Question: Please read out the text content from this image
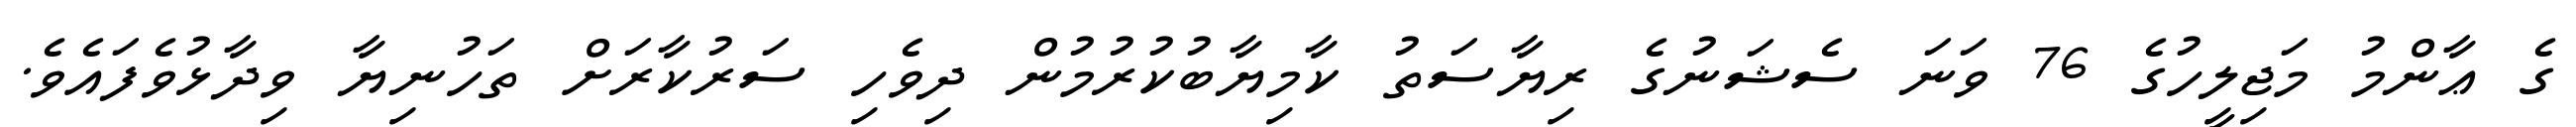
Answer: ގެ ޢާންމު މަޖިލީހުގެ 76 ވަނަ ސެޝަނުގެ ރިޔާސަތު ކާމިޔާބުކުރުމުން ދިވެހި ސަރުކާރަށް ތަހުނިޔާ ވިދާޅުވެފައެވެ.